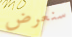
سنعرض